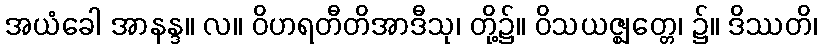
အယံခေါ အာနန္ဒ။ လ။ ဝိဟရတီတိအာဒီသု၊ တို့၌။ ဝိသယဇ္ဈတ္တေ၊ ၌။ ဒိဿတိ၊